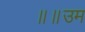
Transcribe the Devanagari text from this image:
॥॥उम